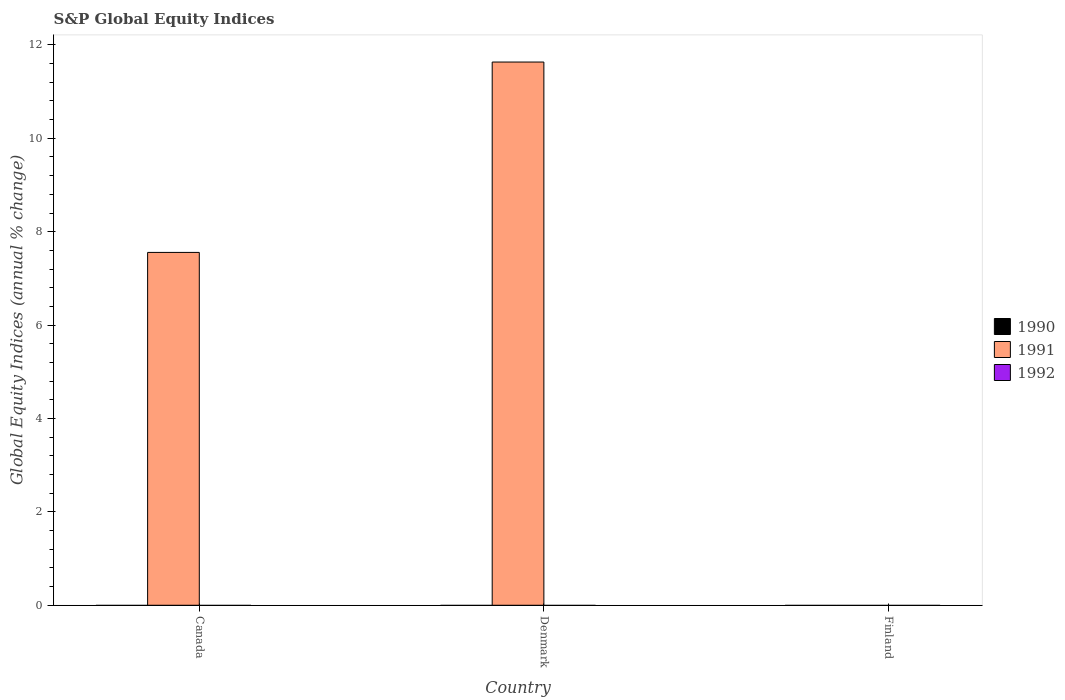
| Country | 1990 | 1991 | 1992 |
 | --- | --- | --- | --- |
 | Canada | -17.1 | 7.56 | -13.6 |
 | Denmark | -2.73 | 11.6 | -28.9 |
 | Finland | -26 | -22.5 | -16.1 |